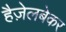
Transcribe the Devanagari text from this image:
हैज़ेलबेकर